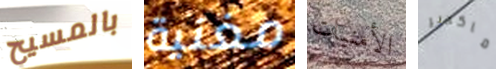
بالمسيح مغنية الأمنيات ماكدير